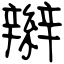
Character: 辮